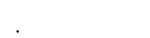
: